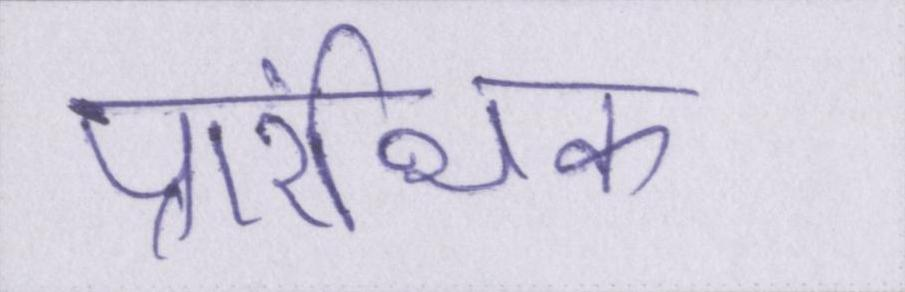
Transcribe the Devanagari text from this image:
प्रारंभिक